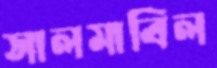
সালমাবিল